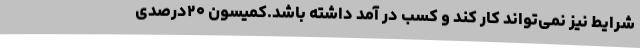
شرایط نیز نمی‌تواند کار کند و کسب در آمد داشته باشد.کمیسون ۲۰درصدی